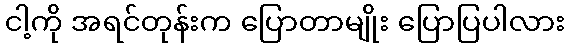
ငါ့ကို အရင်တုန်းက ပြောတာမျိုး ပြောပြပါလား